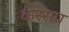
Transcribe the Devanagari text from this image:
कस्सप